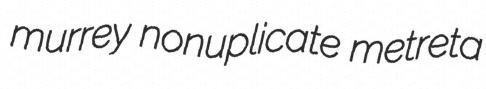
murrey nonuplicate metreta